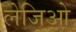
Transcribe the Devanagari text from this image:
लेजिओ